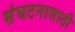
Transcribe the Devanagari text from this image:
संघटनासाठी